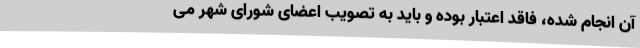
آن انجام شده، فاقد اعتبار بوده و باید به تصویب اعضای شورای شهر می